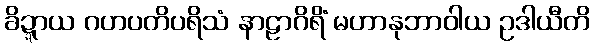
ခိဍ္ဍာယ ဂဟပတိပရိသံ နာဠာဂိရိံ မဟာနုဘာဝါယ ဥဒါယီတိ